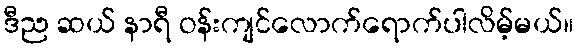
ဒီည ဆယ် နာရီ ဝန်းကျင်လောက်ရောက်ပါလိမ့်မယ်။